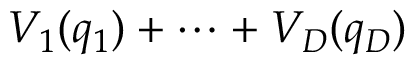
V _ { 1 } ( q _ { 1 } ) + \cdots + V _ { D } ( q _ { D } )